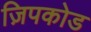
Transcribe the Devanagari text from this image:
ज़िपकोड